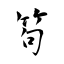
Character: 笱